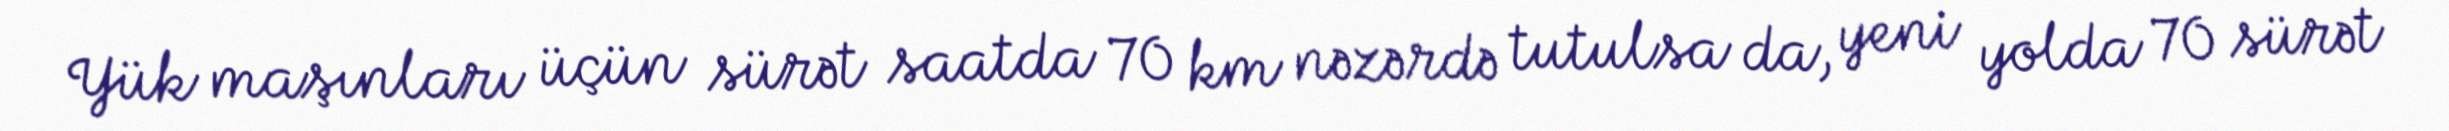
Yük maşınları üçün sürət saatda 70 km nəzərdə tutulsa da, yeni yolda 70 sürət